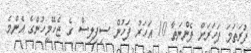
ފުރަތަމަ ފަހަރަށް ފެންނަތާ 10 އަހަރު ފަހުން ސިފިލިސް ގެ ޖެހޭމީހުންގެ އެންމެ